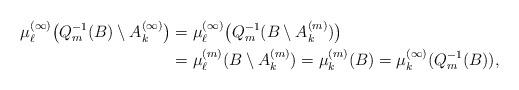
LaTeX: \begin{align*} \mu_\ell^{(\infty)} \bigl( Q_m^{-1}(B) \setminus A_k^{(\infty)} \bigr) &= \mu_\ell^{(\infty)} \bigl( Q_m^{-1}(B \setminus A_k^{(m)}) \bigr) \\ &= \mu_\ell^{(m)}(B \setminus A_k^{(m)}) = \mu_k^{(m)}(B) = \mu_k^{(\infty)}(Q_m^{-1}(B)),\end{align*}